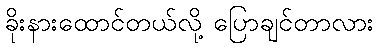
ခိုးနားထောင်တယ်လို့ ပြောချင်တာလား